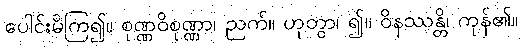
ပေါင်းမိကြ၍။ စုဏ္ဏဝိစုဏ္ဏာ၊ ညက်။ ဟုတွာ၊ ၍။ ဝိနဿန္တိ၊ ကုန်၏။